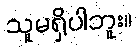
သူမရှိပါဘူး။